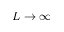
L \rightarrow \infty